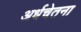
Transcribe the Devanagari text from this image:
अर्धचेतना